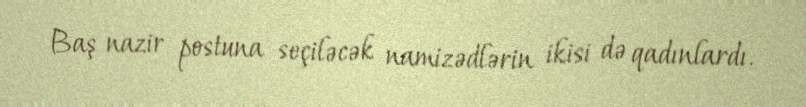
Baş nazir postuna seçiləcək namizədlərin ikisi də qadınlardı.